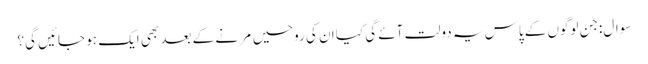
سوال:جن لوگوں کے پاس یہ دولت آئے گی کیا ان کی روحیں مَرنے کے بعد بھی ایک ہو جائیں گی؟